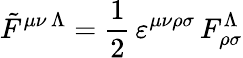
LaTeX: {\tilde{F}}^{\mu\nu\, \Lambda}={\frac{1}{2}}\, \varepsilon^{\mu\nu\rho\sigma}\, F_{\rho\sigma}^{\Lambda}